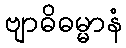
ဗျာဓိဓမ္မာနံ